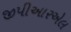
જીપીઆરએલ